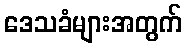
ဒေသခံများအတွက်